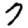
Digit: 7